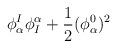
LaTeX: \begin{align*}\phi^I_\alpha\phi_I^\alpha +{1\over2}(\phi^0_\alpha)^2\end{align*}